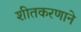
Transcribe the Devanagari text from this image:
शीतकरणाने